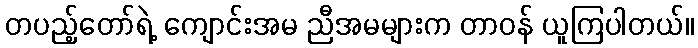
တပည့်တော်ရဲ့ ကျောင်းအမ ညီအမများက တာဝန် ယူကြပါတယ်။